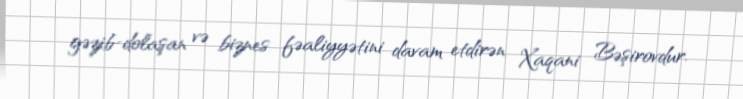
gəzib-dolaşan və biznes fəaliyyətini davam etdirən Xaqani Bəşirovdur.